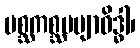
မစ္ဆကစ္ဆပဗျာဝိဒ္ဓါ၊